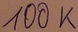
Text: 100K